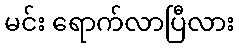
မင်း ရောက်လာပြီလား